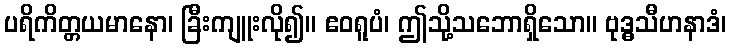
ပရိကိတ္တယမာနော၊ ခြီးကျူးလို၍။ ဧဝရူပံ၊ ဤသို့သဘောရှိသော။ ဗုဒ္ဓသီဟနာဒံ၊